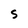
Character: S